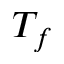
T _ { f }